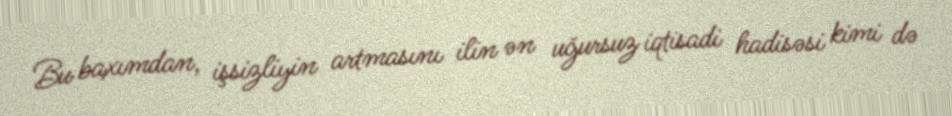
Bu baxımdan, işsizliyin artmasını ilin ən uğursuz iqtisadi hadisəsi kimi də